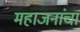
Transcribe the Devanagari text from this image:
महाजनांचा